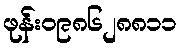
ဖုန်း၀၉၈၆၂၈၈၁၁